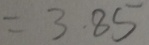
= 3 . 8 5